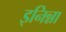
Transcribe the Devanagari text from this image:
इनिन्ना